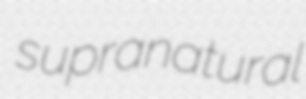
supranatural